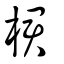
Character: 桾